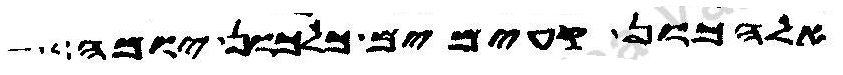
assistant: אלהכון קעימים כלכון יומה